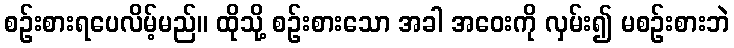
စဉ်းစားရပေလိမ့်မည်။ ထိုသို့ စဉ်းစားသော အခါ အဝေးကို လှမ်း၍ မစဉ်းစားဘဲ